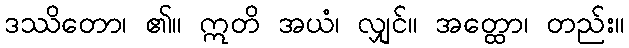
ဒဿိတော၊ ၏။ ဣတိ အယံ၊ လျှင်။ အတ္ထော၊ တည်း။